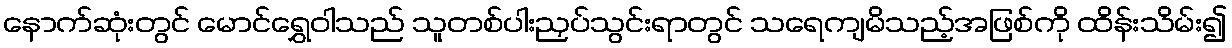
နောက်ဆုံးတွင် မောင်ရွှေဝါသည် သူတစ်ပါးညှပ်သွင်းရာတွင် သရေကျမိသည့်အဖြစ်ကို ထိန်းသိမ်း၍